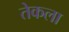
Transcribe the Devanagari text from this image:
तेकला